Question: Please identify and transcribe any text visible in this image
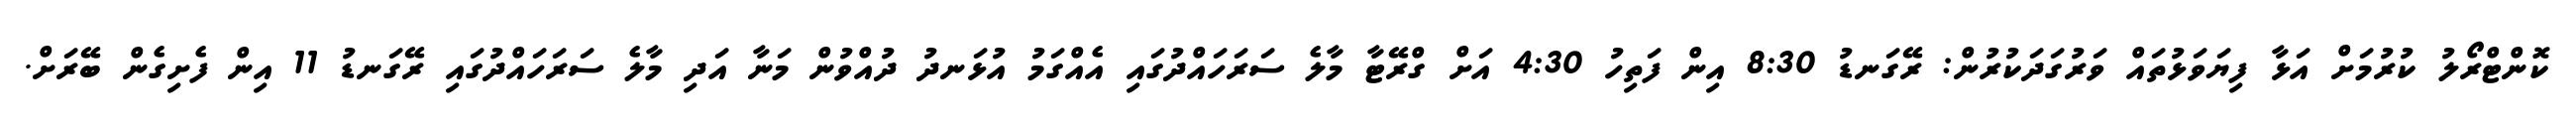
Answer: ކޮންޓްރޯލު ކުރުމަށް އަޅާ ފިޔަވަޅުތައް ވަރުގަދަކުރުން: ރޭގަނޑު 8:30 އިން ފަތިހު 4:30 އަށް ގްރޭޓާ މާލެ ސަރަހައްދުގައި އެއްގަމު އުޅަނދު ދުއްވުން މަނާ އަދި މާލެ ސަރަހައްދުގައި ރޭގަނޑު 11 އިން ފެށިގެން ބޭރަށް.